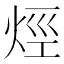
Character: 烴